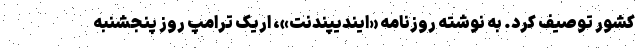
کشور توصیف کرد. به نوشته روزنامه «ایندیپندنت»، اریک ترامپ روز پنجشنبه